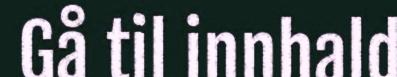
Gå til innhald